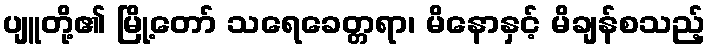
ပျူတို့၏ မြို့တော် သရေခေတ္တရာ၊ မိနောနှင့် မိချန်စသည့်